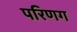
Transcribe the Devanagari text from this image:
परिणग